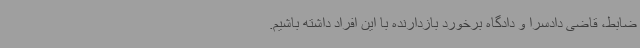
ضابط، قاضی دادسرا و دادگاه برخورد بازدارنده با این افراد داشته باشیم.